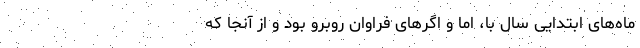
ماه‌های ابتدایی سال با، اما و اگر‌های فراوان روبرو بود و از آنجا که